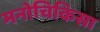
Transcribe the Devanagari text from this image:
मनोचिकिसा